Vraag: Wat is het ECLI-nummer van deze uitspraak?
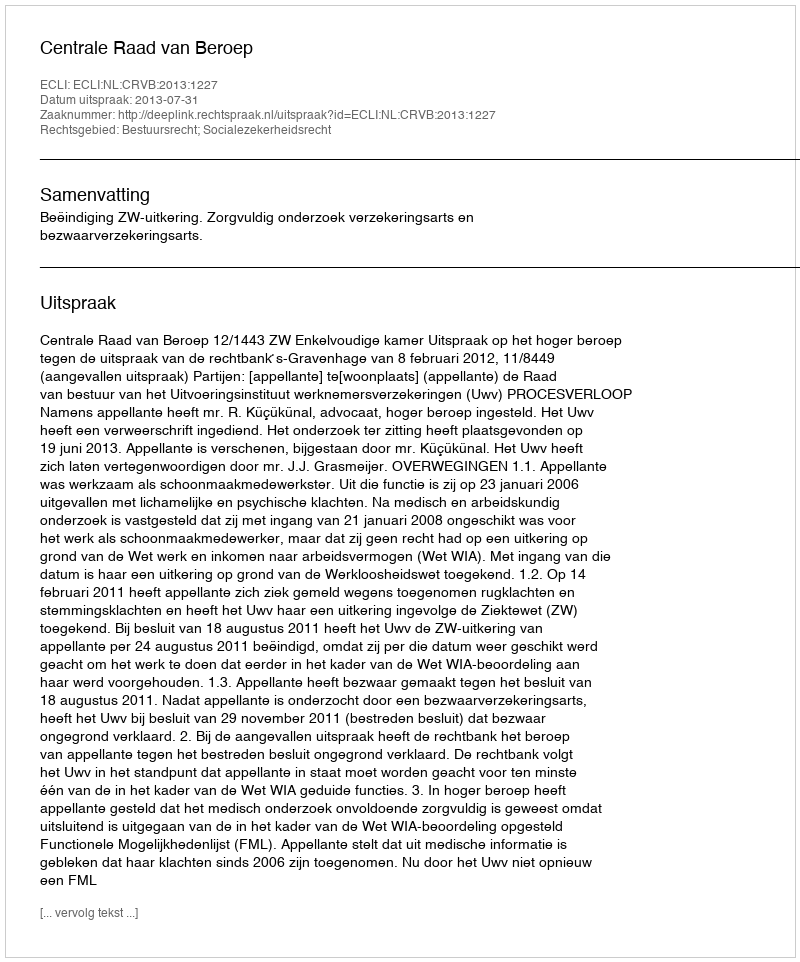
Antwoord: ECLI:NL:CRVB:2013:1227